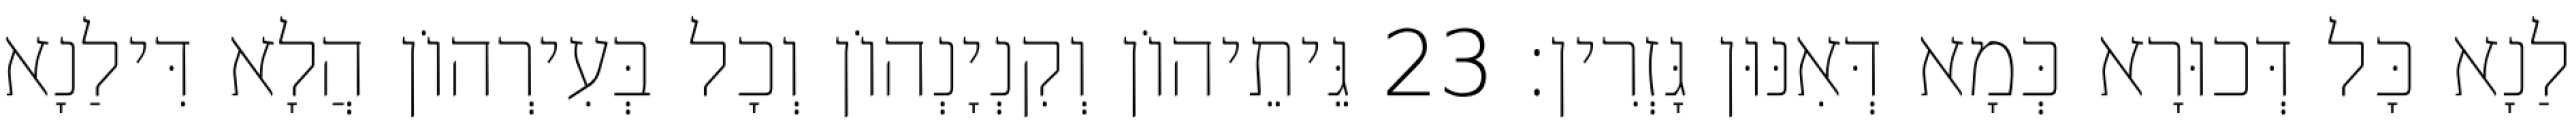
לַנָא כָּל דְּכוּרָא כְּמָא דְּאִנּוּן גָּזְרִין׃ 23 גֵּיתֵיהוֹן וְקִנְיָנְהוֹן וְכָל בְּעִירְהוֹן הֲלָא דִּילַנָא